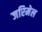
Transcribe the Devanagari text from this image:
जरिमेल